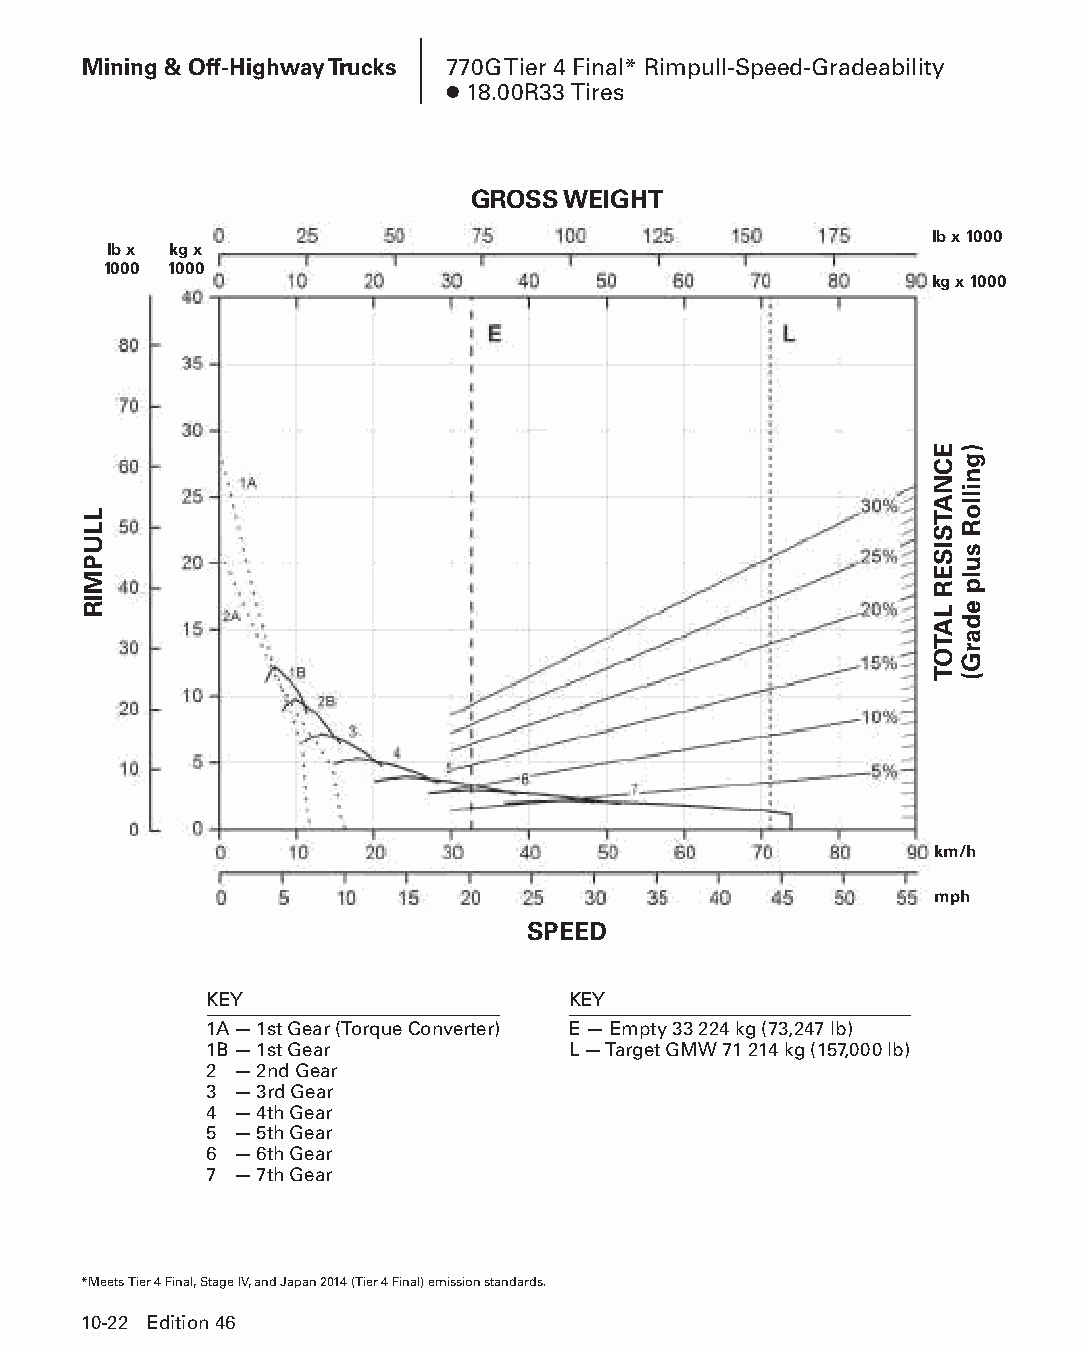
Mining & Off-Highway Trucks 770G Tier 4 Final* Rimpull-Speed-Gradeability
 ● 18.00R33 Tires
 GROSS WEIGHT
 lb x 1000
 lb x kg x
 1000 1000
 kg x 1000
 km/h
 mph
 SPEED
 KEY                     KEY
 1A — 1st Gear (Torque Converter) E — Empty 33 224 kg (73,247 lb)
 1B — 1st Gear           L — Target GMW 71 214 kg (157,000 lb)
 2 — 2nd Gear
 3 — 3rd Gear
 4 — 4th Gear
 5 — 5th Gear
 6 — 6th Gear
 7 — 7th Gear
 *Meets Tier 4 Final, Stage IV, and Japan 2014 (Tier 4 Final) emission standards.
 10-22 Edition 46
 PPHHBB--SSeecc1100((ppgg0011--5522))..iinndddd 2222            1122//44//1155 1100::4444 AAMM
 LLUPMIR
 ECNATSISER
 LATOT
 )gnilloR
 sulp
 edarG(